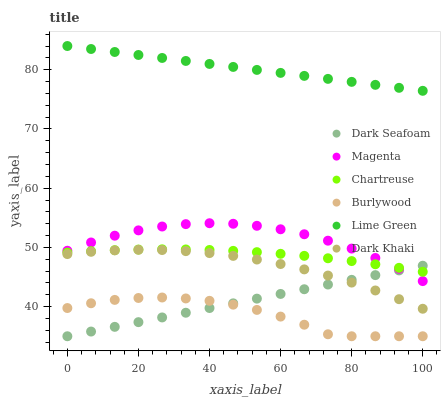
| xaxis_label | Dark Seafoam | Magenta | Chartreuse | Burlywood | Lime Green | Dark Khaki |
 | --- | --- | --- | --- | --- | --- | --- |
 | 0 | 35 | 49.4 | 49.1 | 39.8 | 84 | 48.9 |
 | 6.67 | 35.8 | 50.8 | 49.4 | 40.6 | 83.5 | 49.3 |
 | 13.3 | 36.6 | 52 | 49.5 | 41.1 | 83 | 49.5 |
 | 20 | 37.4 | 52.9 | 49.6 | 41.5 | 82.5 | 49.6 |
 | 26.7 | 38.2 | 53.5 | 49.7 | 41.5 | 82 | 49.6 |
 | 33.3 | 39 | 53.9 | 49.7 | 41.4 | 81.5 | 49.4 |
 | 40 | 39.8 | 54.1 | 49.6 | 41 | 81 | 49 |
 | 46.7 | 40.6 | 54 | 49.4 | 40.3 | 80.5 | 48.6 |
 | 53.3 | 41.4 | 53.6 | 49.2 | 39.4 | 80 | 48 |
 | 60 | 42.1 | 53.1 | 48.9 | 38.3 | 79.5 | 47.2 |
 | 66.7 | 42.9 | 52.2 | 48.6 | 36.9 | 79 | 46.3 |
 | 73.3 | 43.7 | 51.1 | 48.2 | 35.3 | 78.5 | 45.2 |
 | 80 | 44.5 | 49.8 | 47.7 | 35 | 77.9 | 44.1 |
 | 86.7 | 45.3 | 48.2 | 47.2 | 35 | 77.4 | 42.7 |
 | 93.3 | 46.1 | 46.4 | 46.6 | 35 | 76.9 | 41.3 |
 | 100 | 46.9 | 44.3 | 45.9 | 35 | 76.4 | 39.6 |